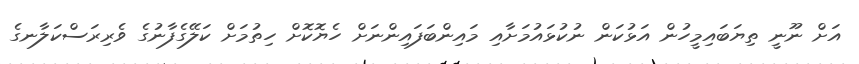
އަށް ނޫނީ ތިޔަބައިމީހުން އަޅުކަން ނުކުޅައުމަށާއި މައިންބަފައިންނަށް ހެޔޮކޮށް ހިތުމަށް ކަލޭގެފާނުގެ ވެރިރަސްކަލާނގެ